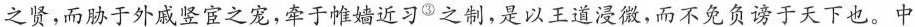
之贤，而胁于外戚竖宦之宠，牵于帷妗近习⑤之制，是以王道漫微，而不免负谤于天下也。中